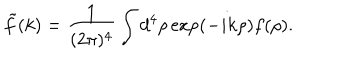
LaTeX: { \tilde { f } } ( k ) = \frac { 1 } { ( 2 \pi ) ^ { 4 } } \int d ^ { 4 } \rho \exp ( - i k \rho ) f ( \rho ) .